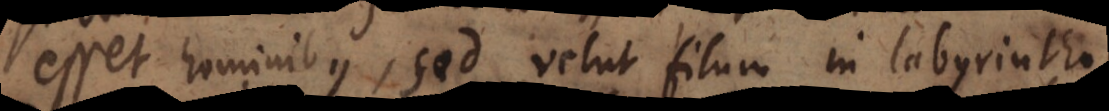
esset hominibus, sed velut filum in labyrintho